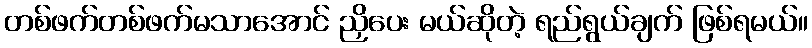
တစ်ဖက်တစ်ဖက်မသာအောင် ညှိပေး မယ်ဆိုတဲ့ ရည်ရွယ်ချက် ဖြစ်ရမယ်။